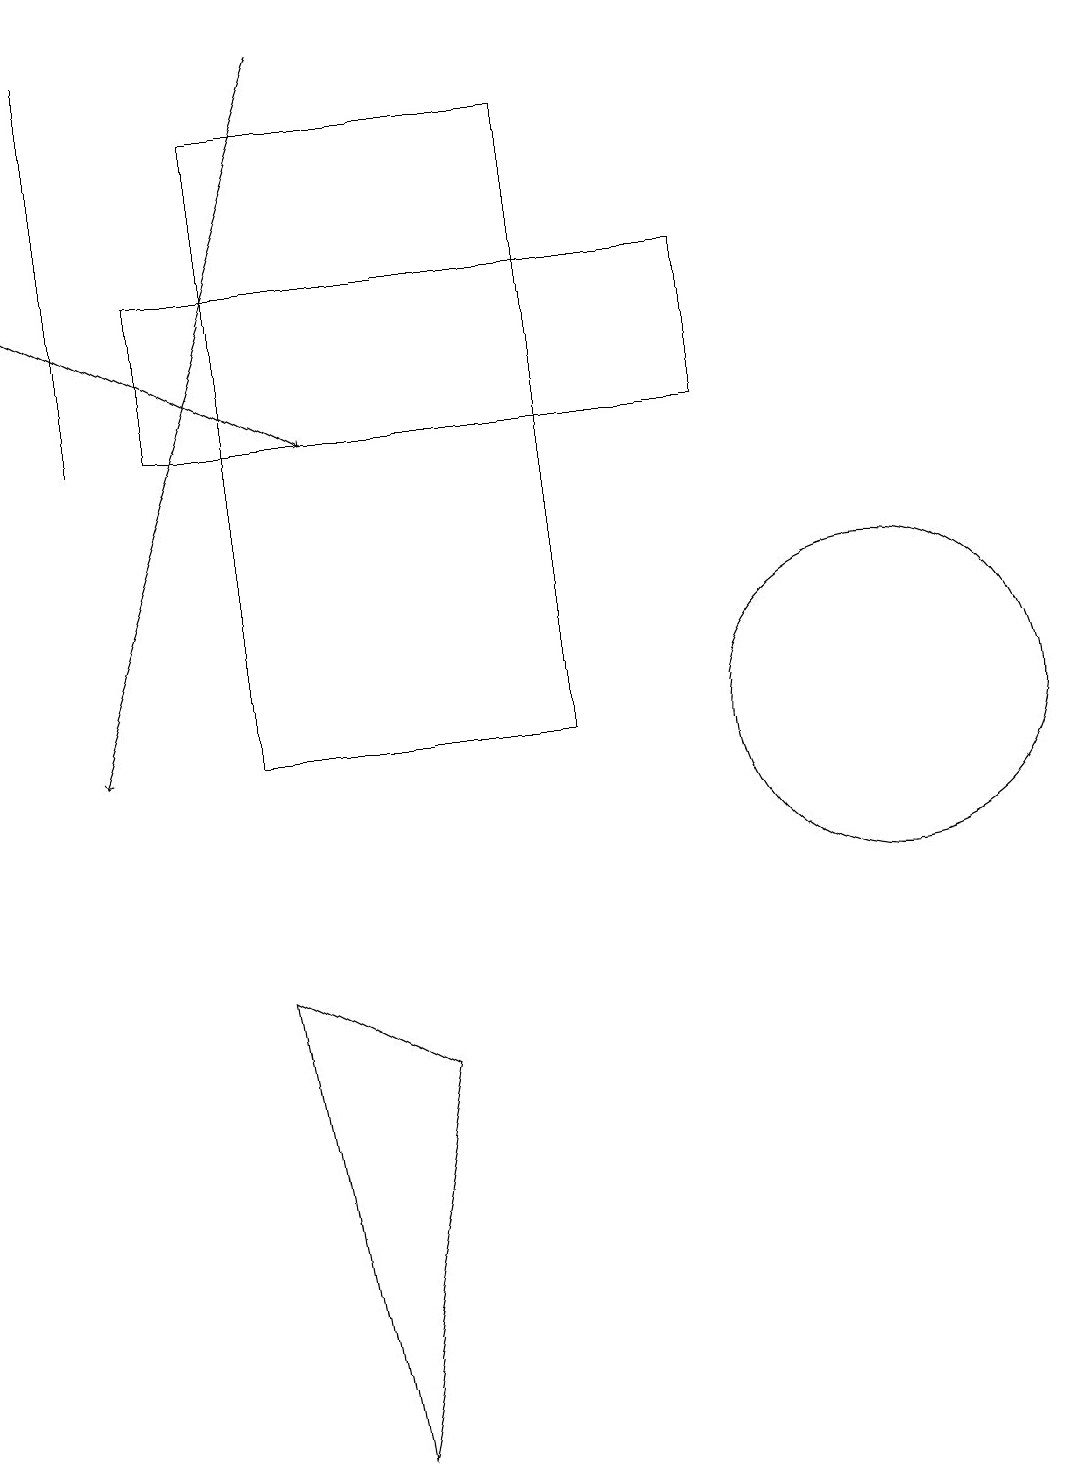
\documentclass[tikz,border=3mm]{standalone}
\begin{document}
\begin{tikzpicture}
\draw (4,1) -- (3,7) -- (5,6) -- cycle;
\draw (1,19) rectangle (1,14);
\draw (11,10) circle (2);
\draw[->] (4,19) -- (1,10);
\draw (2,14) rectangle (9,16);
\draw[->] (0,16) -- (4,14);
\draw (7,10) rectangle (3,18);
\draw (7,17) rectangle (7,11);
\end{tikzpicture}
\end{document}